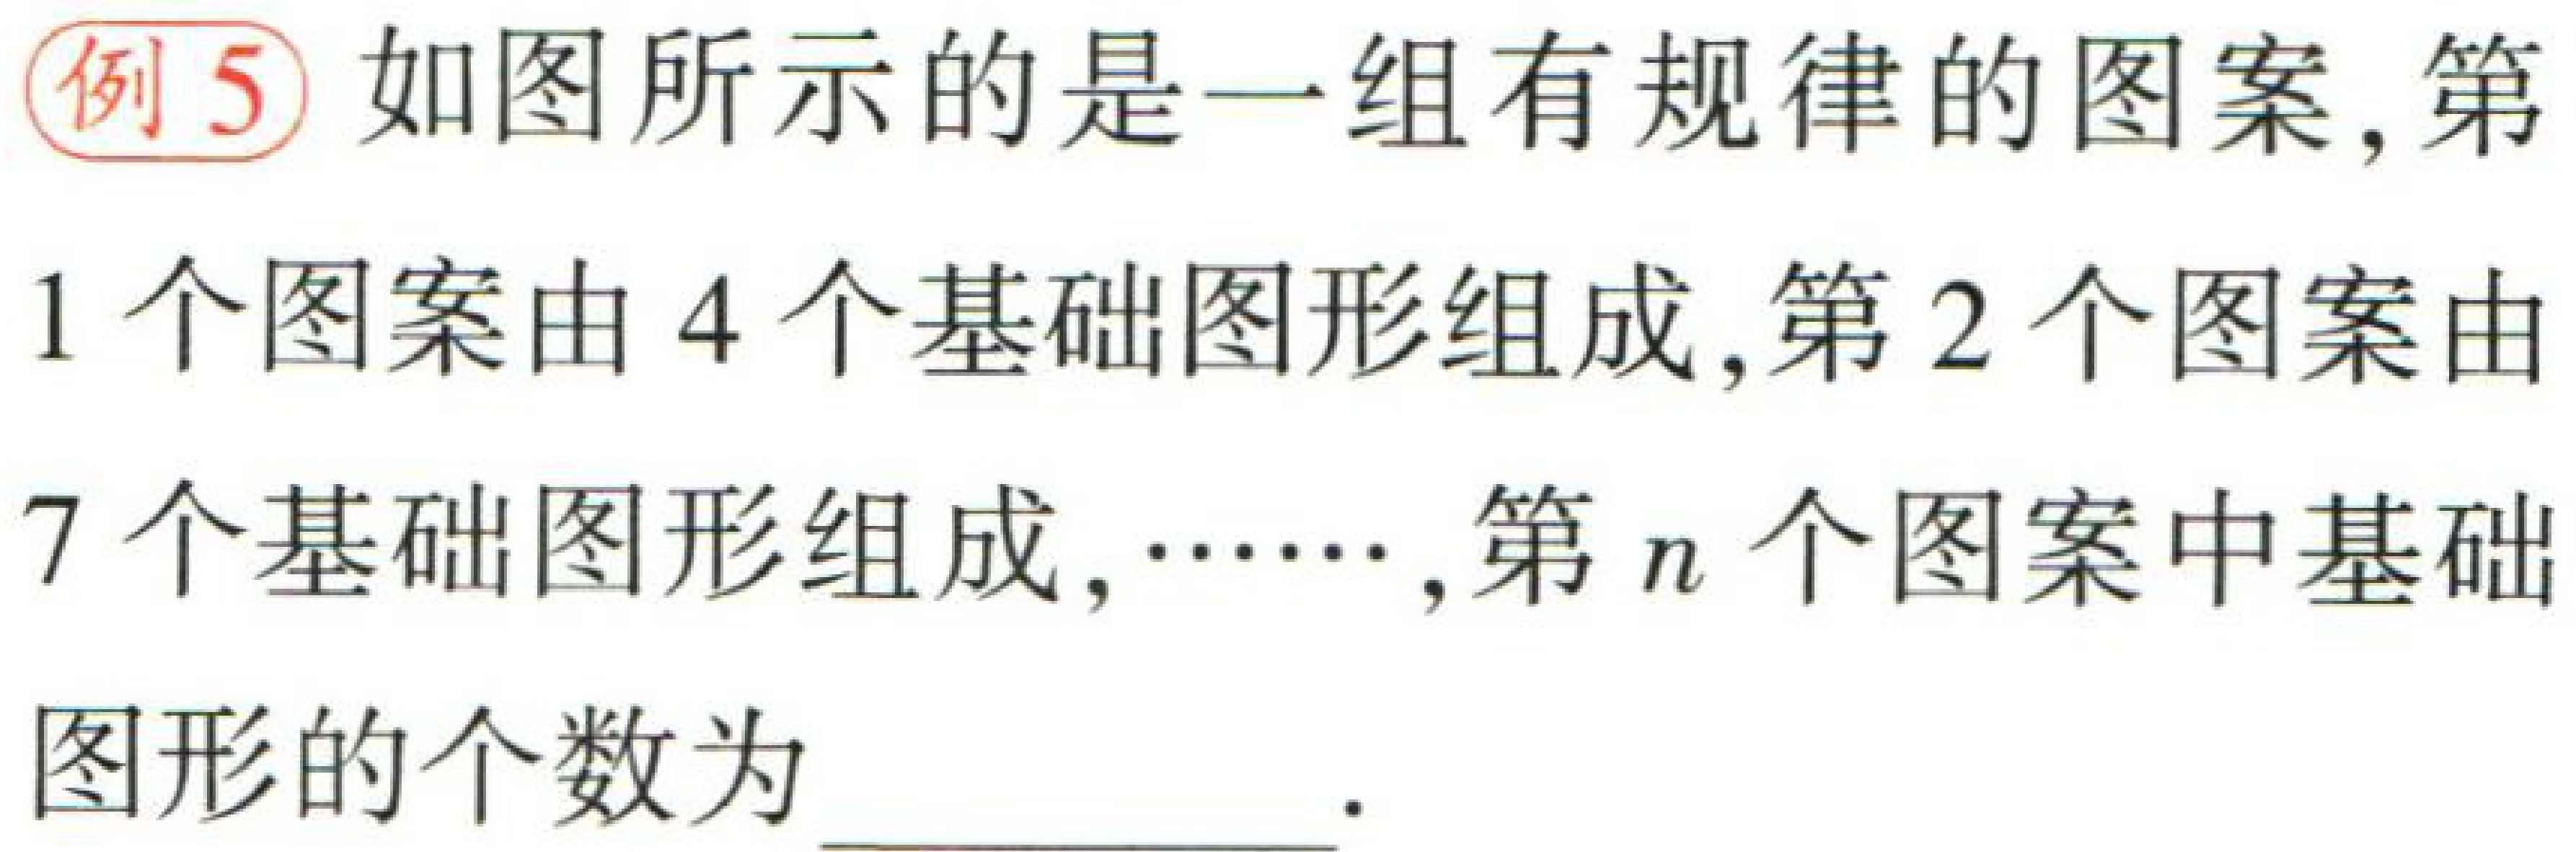
例5 如图所示的是一组有规律的图案, 第

1 个图案由 4 个基础图形组成, 第 2 个图案由

7 个基础图形组成, ……, 第 \(n\) 个图案中基础

图形的个数为 \_\_\_\_\_\_\_\_ .